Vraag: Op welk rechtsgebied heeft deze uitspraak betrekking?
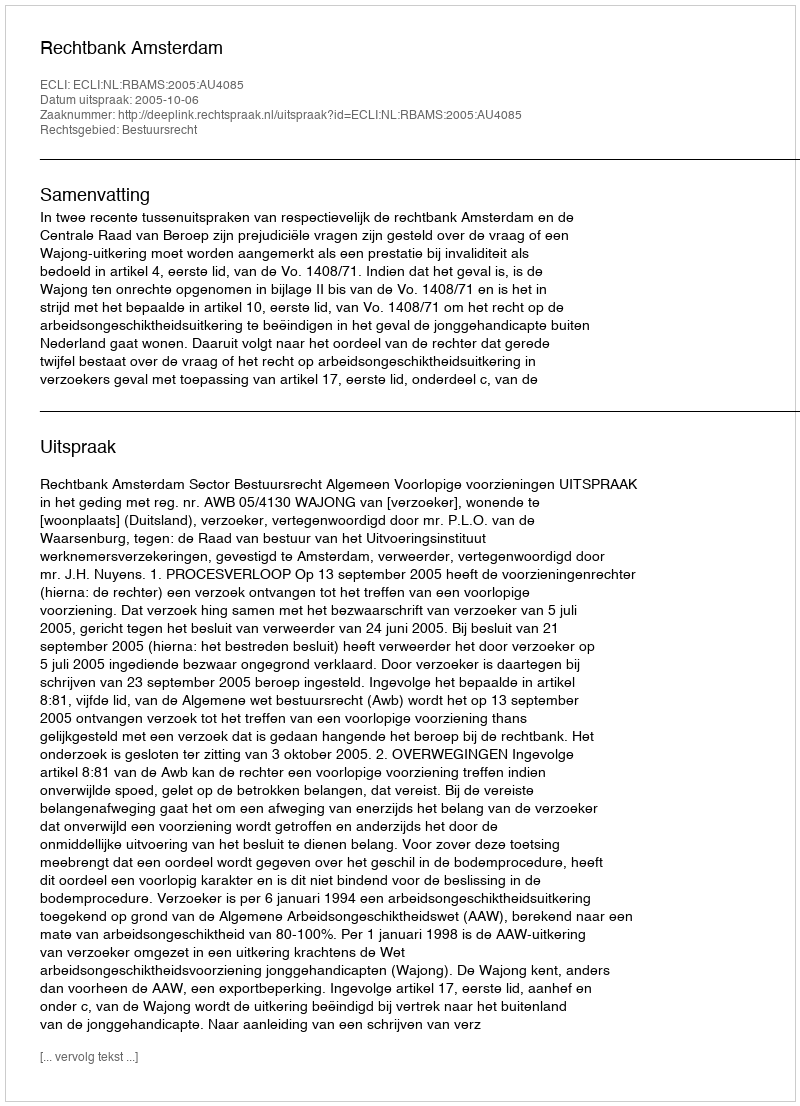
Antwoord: Bestuursrecht